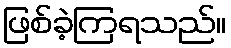
ဖြစ်ခဲ့ကြရသည်။